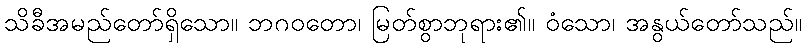
သိခီအမည်တော်ရှိသော။ ဘဂဝတော၊ မြတ်စွာဘုရား၏။ ဝံသော၊ အနွယ်တော်သည်။